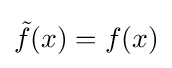
{\tilde {f}}(x)=f(x)